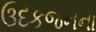
ઉદકજનના